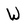
Character: W